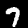
Label: 7